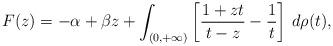
LaTeX: \begin{align*}F(z)=-\alpha+\beta z+\int_{(0,+\infty)}\left[\frac{1+zt}{t-z}-\frac{1}{t}\right]\,d\rho(t),\end{align*}